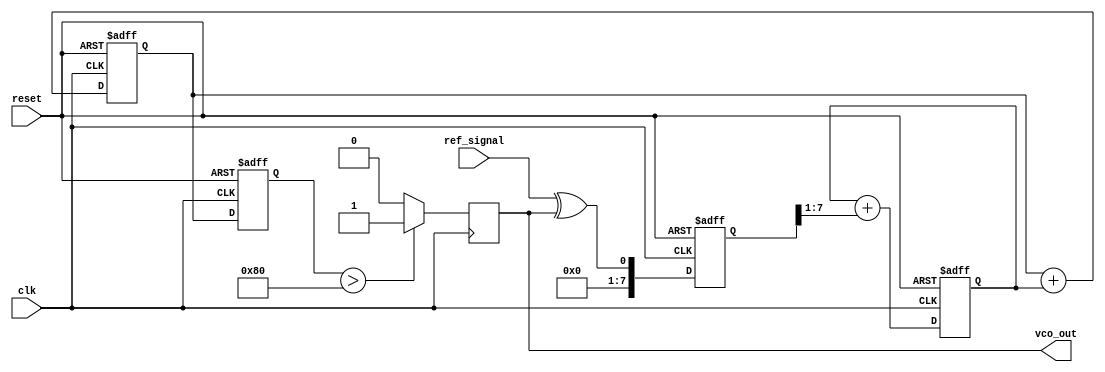
module MemoryBlocksPLL (
    input wire clk,               // System clock
    input wire reset,             // Asynchronous reset
    input wire ref_signal,        // Input reference signal
    output reg vco_out            // Output of VCO signal
);

// Parameter definitions
parameter PHASE_ERROR_WIDTH = 8;     // Width of phase error
parameter CONTROL_VOLTAGE_WIDTH = 8; // Width of control voltage
parameter VCO_OUTPUT_WIDTH = 8;       // Width of VCO output

// Internal signals
reg [PHASE_ERROR_WIDTH-1:0] phase_error; // Phase error output from the PD
reg [CONTROL_VOLTAGE_WIDTH-1:0] control_voltage; // Control voltage output for VCO
reg [VCO_OUTPUT_WIDTH-1:0] vco_frequency; // Frequency control for VCO
reg [VCO_OUTPUT_WIDTH-1:0] vco_memory;    // Memory block for previous VCO state
reg [PHASE_ERROR_WIDTH-1:0] error_memory; // Memory block for phase error

// Phase Detector (PD)
always @(posedge clk or posedge reset) begin
    if (reset) begin
        phase_error <= 0;
    end else begin
        // Simple phase comparison (e.g., XOR for phase error, requires ref_signal to be aligned)
        phase_error <= {7'b0, ref_signal} ^ {7'b0, vco_out}; // XOR to detect phase error
    end
end

// Loop Filter (Simple First-Order Filter)
always @(posedge clk or posedge reset) begin
    if (reset) begin
        control_voltage <= 0;
    end else begin
        // Simple loop filter that adds phase error to control voltage
        control_voltage <= control_voltage + (phase_error >> 1); // Divides phase error by 2
    end
end

// Voltage-Controlled Oscillator (VCO)
always @(posedge clk or posedge reset) begin
    if (reset) begin
        vco_frequency <= 0;
        vco_memory <= 0;
    end else begin
        // Adjust the frequency of the VCO based on the control voltage
        vco_frequency <= vco_frequency + control_voltage;
        vco_memory <= vco_frequency; // Store previous VCO frequency
    end
end

// Generate VCO Output - Simple example of frequency generation
always @(posedge clk) begin
    vco_out <= (vco_memory > 128) ? 1'b1 : 1'b0; // Simple binary output based on VCO value
end

endmodule